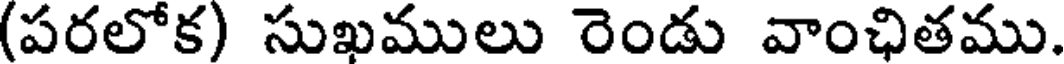
(పరలోక) సుఖములు రెండు వాంఛితము.